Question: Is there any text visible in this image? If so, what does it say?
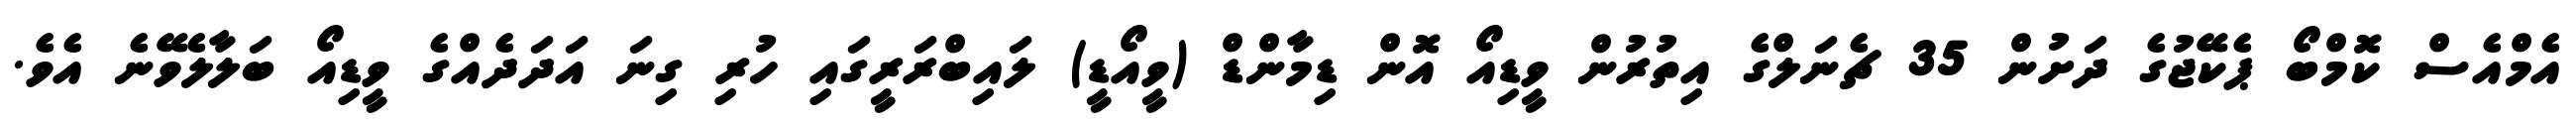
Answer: އެމްއެސް ކޮމްބޯ ޕެކޭޖުގެ ދަށުން 35 ޗެނަލްގެ އިތުރުން ވީޑިއޯ އޮން ޑިމާންޑް (ވީއޯޑީ) ލައިބްރަރީގައި ހުރި ގިނަ އަދަދެއްގެ ވީޑިއޯ ބަލާލެވޭނެ އެވެ.